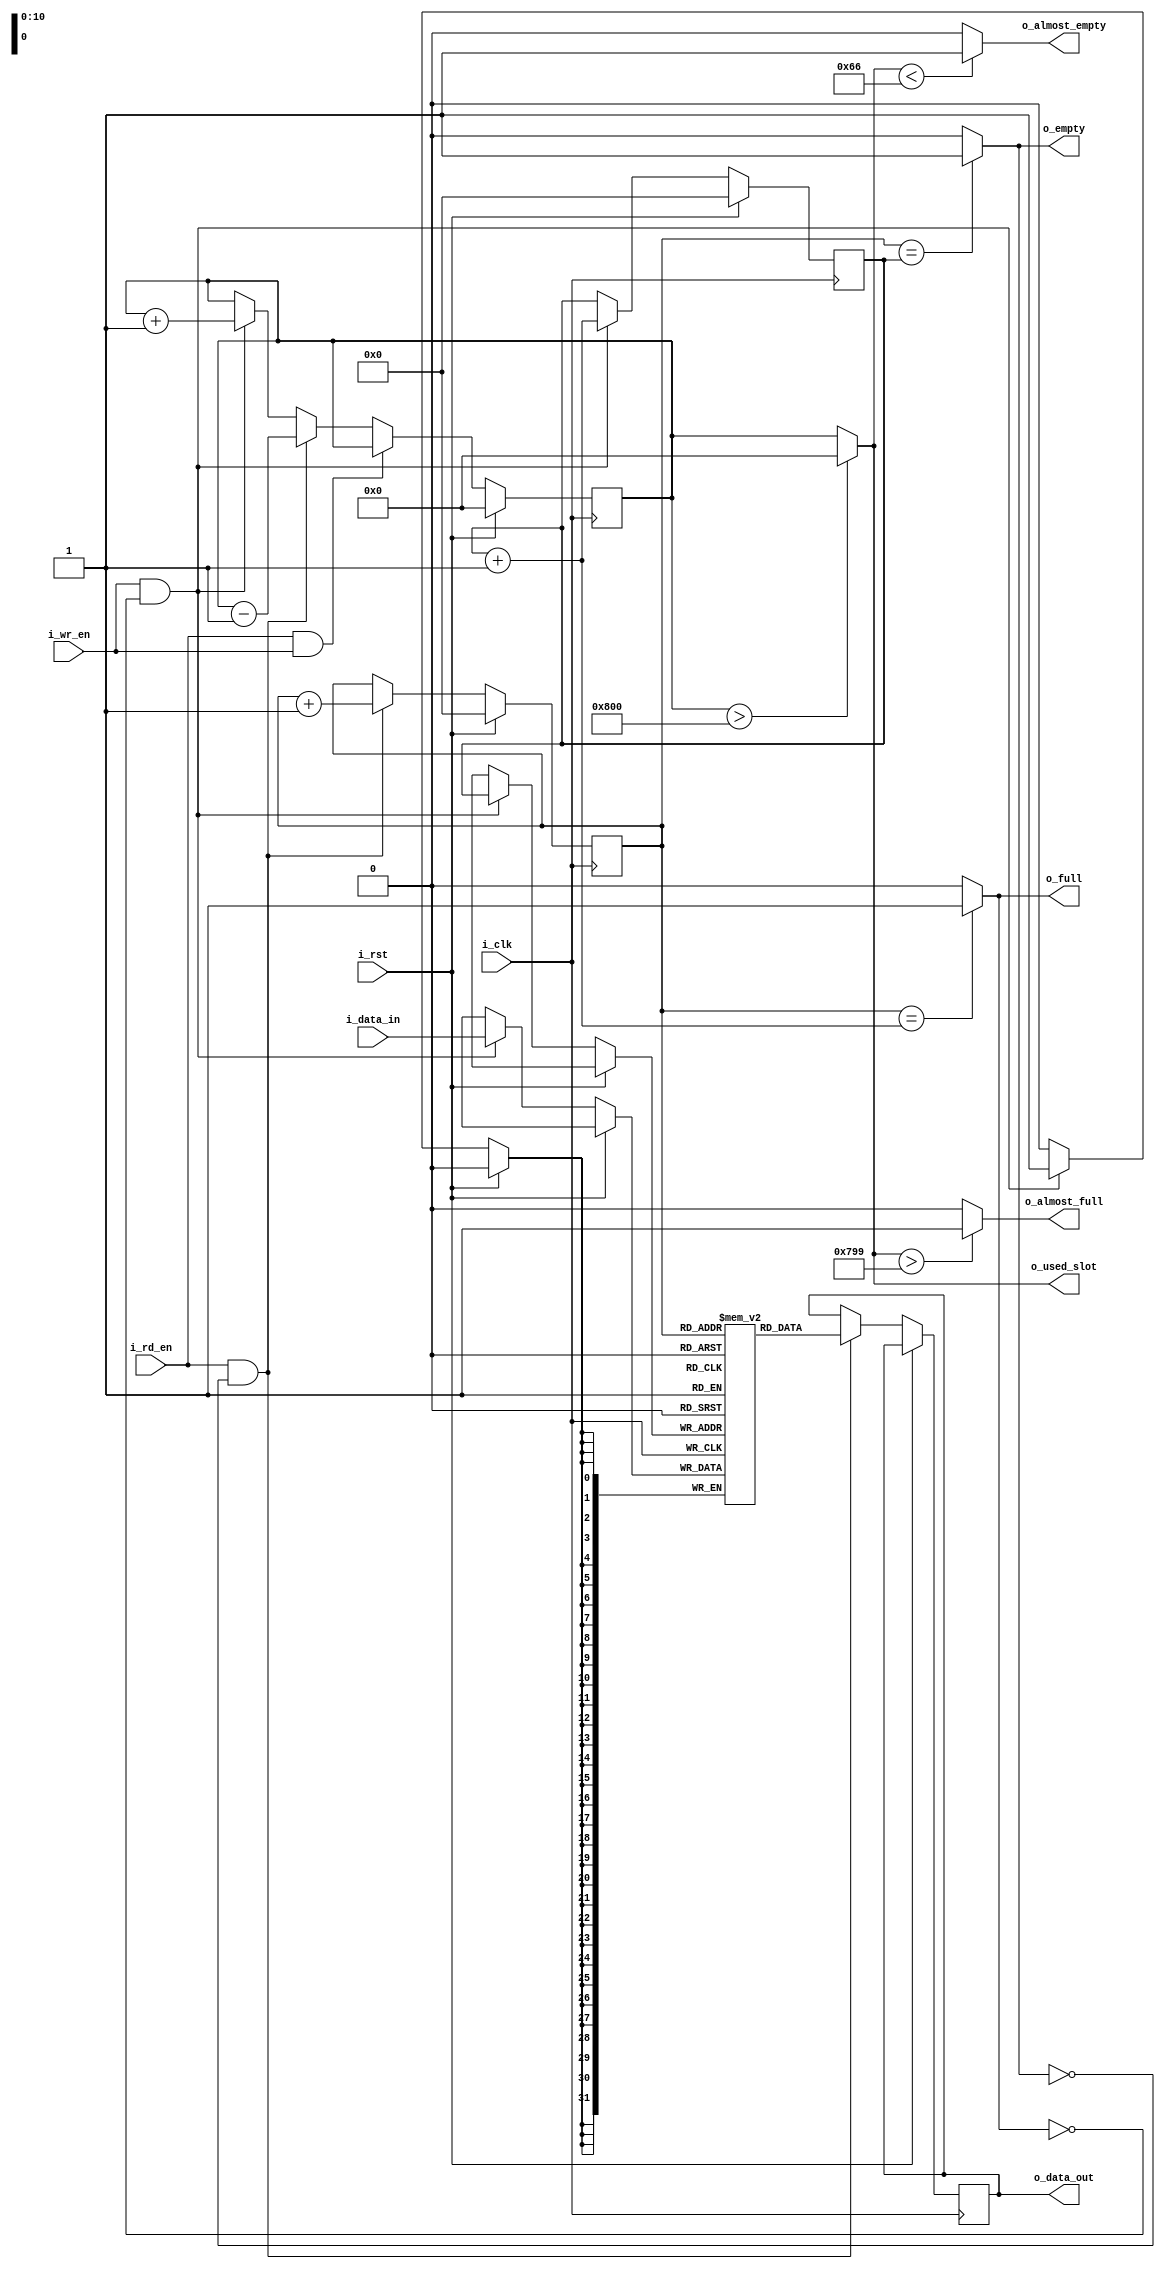
`timescale 1ns / 1ps
//////////////////////////////////////////////////////////////////////////////////
// Company: 
// Engineer: 
// 
// Design Name: 
// Module Name: top
// Project Name: 
// Target Devices: 
// Tool Versions: 
// Description: 
// 
// Dependencies: 
// 
// Revision:
// Revision 0.01 - File Created
// Additional Comments:
// 
//////////////////////////////////////////////////////////////////////////////////


module top(
    input           i_clk,
    input           i_rst,
    input  [31:0]   i_data_in,
    input           i_wr_en,
    input           i_rd_en,
    output reg  [31:0]   o_data_out,
    output          o_full,
    output          o_empty,
    output          o_almost_full,// 95% DEPTH = 1946
    output          o_almost_empty,
    output [11:0]   o_used_slot
    );
    
    parameter    DEPTH = 2048;
    parameter    WIDTH = 32;
                
    reg [10:0]   r_counter_wr = 0;
    reg [10:0]   r_counter_rd = 0;
    reg [31:0]   r_storage[(DEPTH-1):0];
    reg [11:0]   r_used_slot = 0;
    
    always@(posedge i_clk)
    begin
    
      if(i_rst == 0)
      begin
        // WRITING PROCESS     
        if(i_wr_en && !o_full)
        begin
        
          r_storage [r_counter_wr] <= i_data_in ;
          r_used_slot              <= r_used_slot  + 1;
          r_counter_wr             <= r_counter_wr + 1;  
          
          
        end
        
        // READING PROCESS
        if(i_rd_en && !o_empty)
        begin
        
          o_data_out    <= r_storage [r_counter_rd];
          r_used_slot   <= r_used_slot - 1;
          r_counter_rd  <= r_counter_rd + 1;
          
        end
        
        if(i_rd_en && i_wr_en)
        begin
          r_used_slot   <= r_used_slot;
        end
        
      end       
      else
      begin
          r_counter_wr  <= 1'b0;
          r_counter_rd  <= 1'b0;
          r_used_slot   <= 12'd0; 
      end
      
    end
    
    assign o_full  = (r_counter_rd == ( r_counter_wr  + 1'b1 )) ? 1'b1 : 1'b0;
    assign o_empty = (r_counter_rd == r_counter_wr) ? 1'b1 : 1'b0;
    
    assign o_almost_full  = (o_used_slot > 1945) ?  1'b1 : 1'b0;
    assign o_almost_empty = (o_used_slot < 102)  ?  1'b1 : 1'b0;
    assign o_used_slot = (r_used_slot > 2048) ? 1'b0 : r_used_slot;
    
    
    
    
    
endmodule